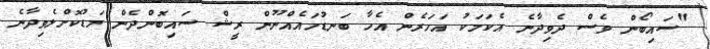
"ސައިބޯން ވެސް ދެވިދާނެ އެކަމަކު އަހަރެން އެހާ ބަނޑުހައެއްނޫން ރީޝް ސައިބޮންދެން މަޑުކޮށްލެވިދާނެ